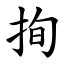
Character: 㧦